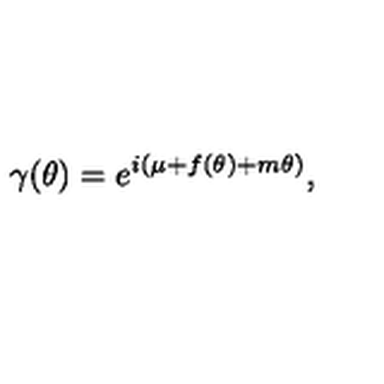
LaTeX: \gamma ( \theta ) = e ^ { i ( \mu + f ( \theta ) + m \theta ) } ,